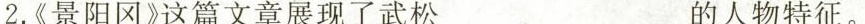
2.《景阳冈这篇文章展现了武松_的人物特征。